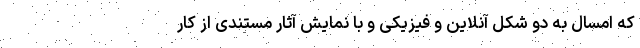
که امسال به دو ‌شکل آنلاین و فیزیکی و با نمايش آثار مستندی از کار